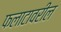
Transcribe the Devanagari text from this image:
फलाटावरील